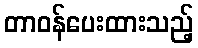
တာဝန်ပေးထားသည့်